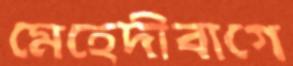
মেহেদীবাগে